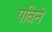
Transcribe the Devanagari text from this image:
पत्निने